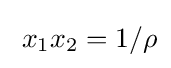
\;x_{1}x_{2}=1/\rho